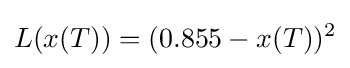
L(x(T))=(0.855-x(T))^{2}